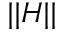
\vert \vert H \vert \vert